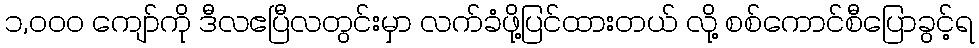
၁,၀၀၀ ကျော်ကို ဒီလဧပြီလတွင်းမှာ လက်ခံဖို့ပြင်ထားတယ် လို့ စစ်ကောင်စီပြောခွင့်ရ